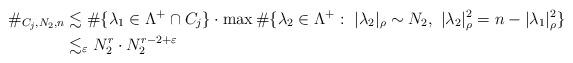
LaTeX: \begin{align*}\#_{C_j,N_2,n}&\lesssim \#\{\lambda_1\in \Lambda^+\cap C_j\}\cdot\max\#\{\lambda_2\in\Lambda^+:\ |\lambda_2|_\rho\sim N_2,\ |\lambda_2|_\rho^2=n-|\lambda_1|_\rho^2\}\\&\lesssim_{\varepsilon} N_2^{r}\cdot N_2^{r-2+\varepsilon}\end{align*}